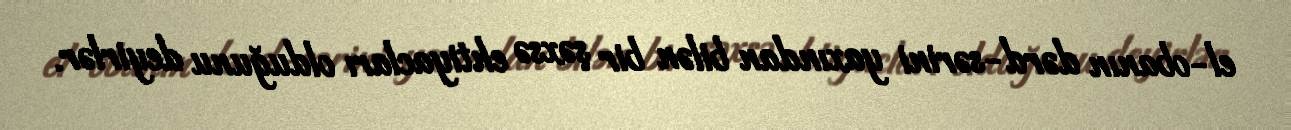
el-obanın dərd-sərini yaxından bilən bir şəxsə ehtiyacları olduğunu deyirlər.